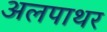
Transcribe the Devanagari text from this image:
अलपाथर